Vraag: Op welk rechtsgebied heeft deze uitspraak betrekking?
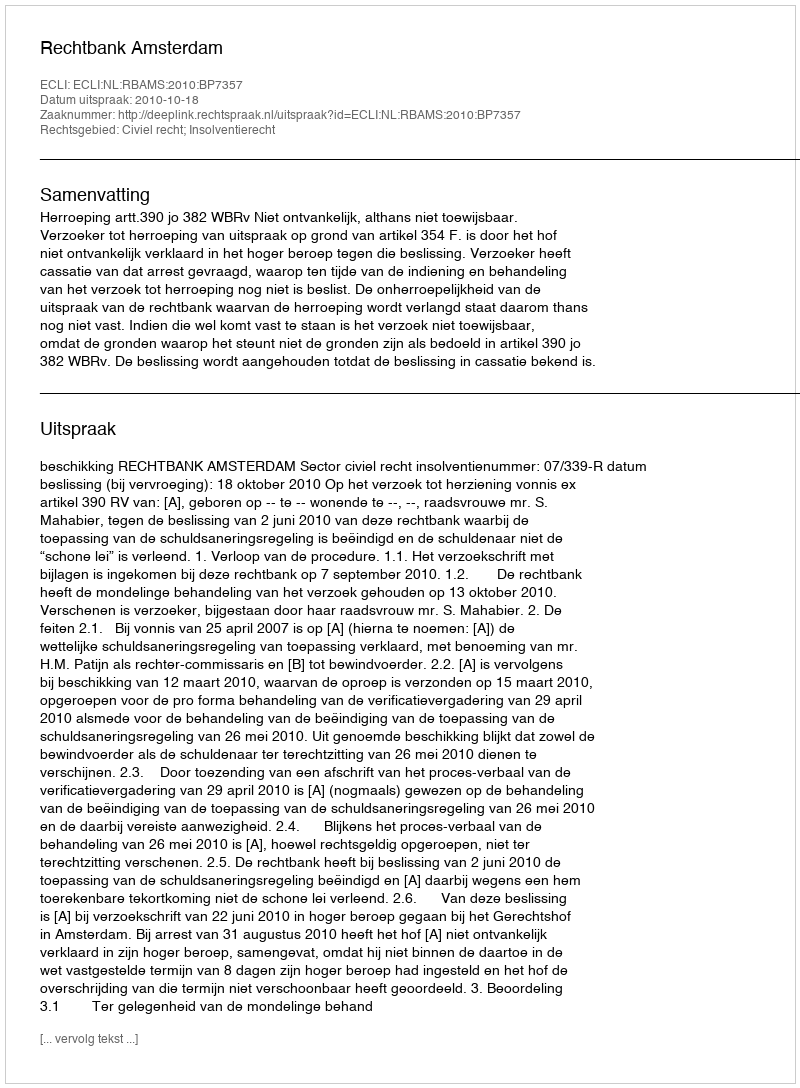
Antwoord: Civiel recht; Insolventierecht